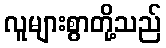
လူများစွာတို့သည်